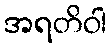
အရတိဝါ